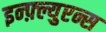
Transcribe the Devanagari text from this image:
इन्फ़्ल्युएन्स